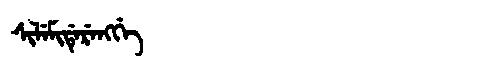
Manchu: ᠰᡳᠯᡝᠮᡳᡩᡝᡵᡝᠩᡤᡝ
Romanization: SILEMIDERENGGE